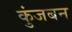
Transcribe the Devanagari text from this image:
कुंजबन